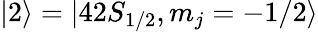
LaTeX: |2\rangle=|42S_{1/2},m_{j}=-1/2\rangle